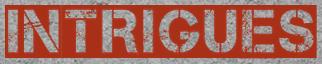
INTRIGUES